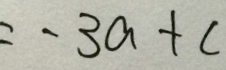
= - 3 a + c